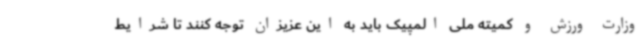
وزارت ورزش و کمیته ملی المپیک باید به این عزیزان توجه کنند تا شرایط